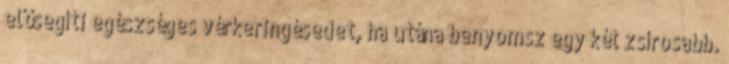
elősegíti egészséges vérkeringésedet, ha utána benyomsz egy két zsírosabb.